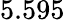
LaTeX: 5.595